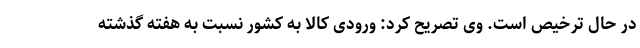
در حال ترخیص است. وی تصریح کرد: ورودی کالا به کشور نسبت به هفته گذشته